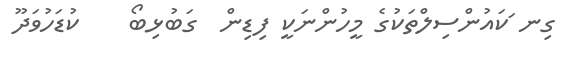
ގިނ ަކައުންސިލްތަކުގެ މީހުންނަކީ ފިޑިން  ގަބުޅިބޯ    ކުޑަހުވަދޫ